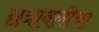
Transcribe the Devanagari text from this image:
छत्रावलीचा